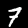
Digit: 7